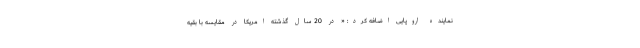
نماینده اروپایی اضافه کرد: « در 20 سال گذشته امریکا در مقایسه با بقیه